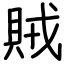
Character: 賊